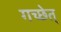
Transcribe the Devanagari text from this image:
गच्छेत्‌